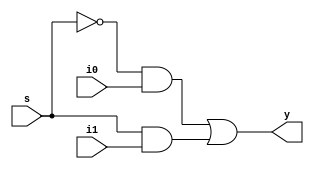
module compile_direct(i0,i1,s,y);
input i0,i1,s;
`ifdef BEHAV
output reg y;
`else
output y;
`endif
`ifdef BEHAV
always @(*)begin
    y=s?i1:i0;
end	
`elsif DATA
    assign y=s?i1:i0;
`else
    
    not g1(n1,s);
	and g2(n2,n1,i0);
	and g3(n3,s,i1);
	or  g4(y,n2,n3);
`endif	
endmodule